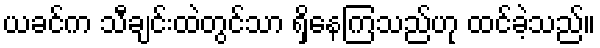
ယခင်က သီချင်းထဲတွင်သာ ရှိနေကြသည်ဟု ထင်ခဲ့သည်။